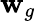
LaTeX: \mathbf{w}_{g}